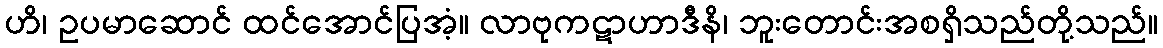
ဟိ၊ ဥပမာဆောင် ထင်အောင်ပြအံ့။ လာဗုကဋာဟာဒီနိ၊ ဘူးတောင်းအစရှိသည်တို့သည်။